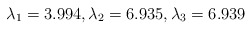
\begin{align*}\lambda_1 = 3.994, \lambda_2 = 6.935, \lambda_3 = 6.939\end{align*}